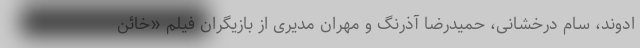
ادوند، سام درخشانی، حمیدرضا آذرنگ و مهران مدیری از بازیگران فیلم «خائن